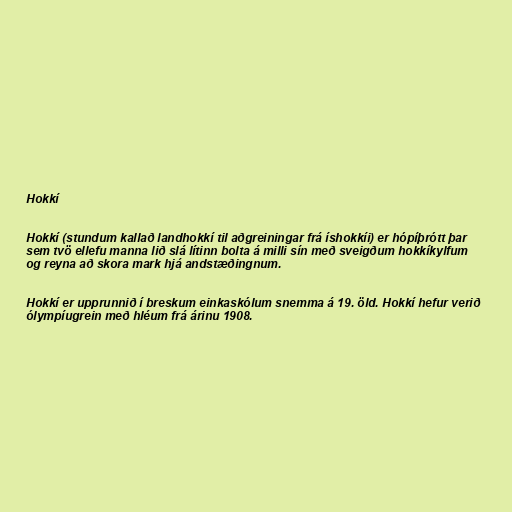
Hokkí

Hokkí (stundum kallað landhokkí til aðgreiningar frá íshokkíi) er hópíþrótt þar
sem tvö ellefu manna lið slá lítinn bolta á milli sín með sveigðum hokkíkylfum
og reyna að skora mark hjá andstæðingnum.

Hokkí er upprunnið í breskum einkaskólum snemma á 19. öld. Hokkí hefur verið
ólympíugrein með hléum frá árinu 1908.